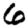
Digit: 6